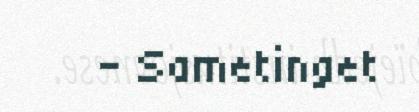
- Sametinget